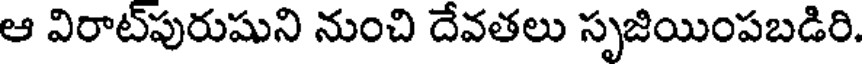
ఆ విరాట్పురుషుని నుంచి దేవతలు సృజియింపబడిరి.